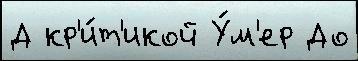
Д кр'и́т'икой У́м'ер До